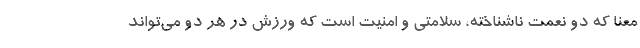
معنا که دو نعمت ناشناخته، سلامتی و امنیت است که ورزش در هر دو می‌تواند